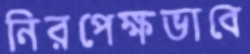
নিরপেক্ষভাবে